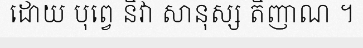
ដោយ បុព្វេ និវា សានុស្ស តិញាណ ។